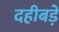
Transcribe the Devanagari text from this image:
दहीबड़े